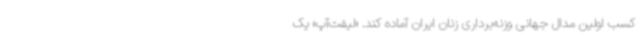
کسب اولین مدال جهانی وزنه‌برداری زنان ایران آماده کند. «لیفت‌آپ» یک